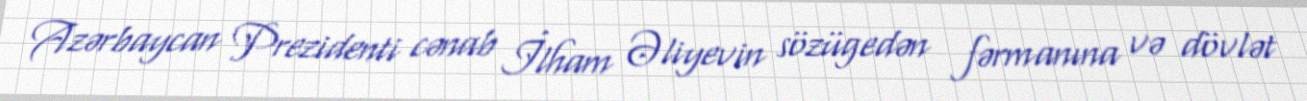
Azərbaycan Prezidenti cənab İlham Əliyevin sözügedən fərmanına və dövlət